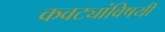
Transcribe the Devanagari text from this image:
कवट्यांविषयी